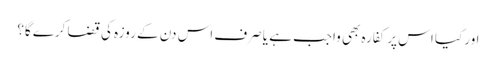
اور کیا اس پر کفارہ بھی واجب ہے یا صرف اس دن کے روزہ کی قضا کرے گا؟